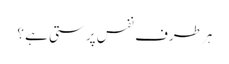
ہر طرف نفس پرستی ہے ؟